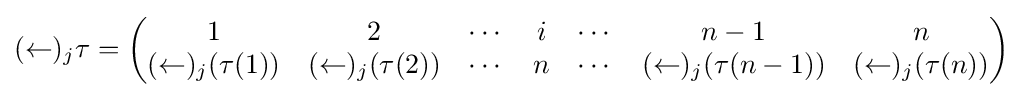
(\leftarrow )_{j}\tau ={\begin{pmatrix}1&2&\cdots &i&\cdots &n-1&n\\(\leftarrow )_{j}(\tau (1))&(\leftarrow )_{j}(\tau (2))&\cdots &n&\cdots &(\leftarrow )_{j}(\tau (n-1))&(\leftarrow )_{j}(\tau (n))\end{pmatrix}}